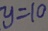
y = 1 0